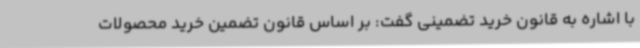
با اشاره به قانون خرید تضمینی گفت: بر اساس قانون تضمین خرید محصولات